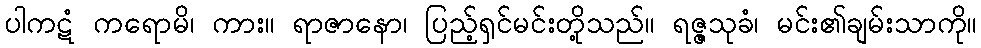
ပါကဋံ ကရောမိ၊ ကား။ ရာဇာနော၊ ပြည့်ရှင်မင်းတို့သည်။ ရဇ္ဇသုခံ၊ မင်း၏ချမ်းသာကို။